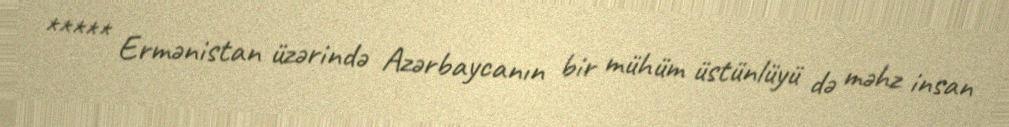
***** Ermənistan üzərində Azərbaycanın bir mühüm üstünlüyü də məhz insan